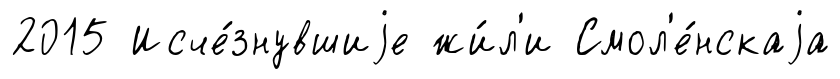
2015 Исче́знувшиjе жи́л'и Смол'е́нскаjа